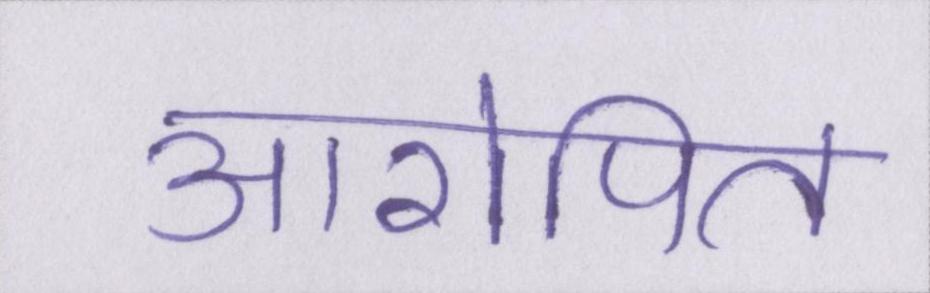
आरोपित